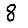
Digit: 8